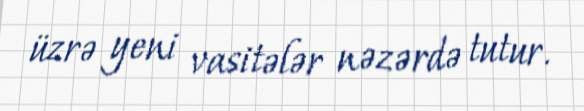
üzrə yeni vasitələr nəzərdə tutur.